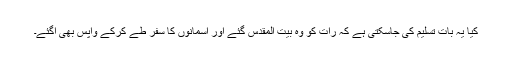
کیا یہ بات تسلیم کی جاسکتی ہے کہ رات کو وہ بیت المقدس گئے اور آسمانوں کا سفر طے کرکے واپس بھی آگئے۔